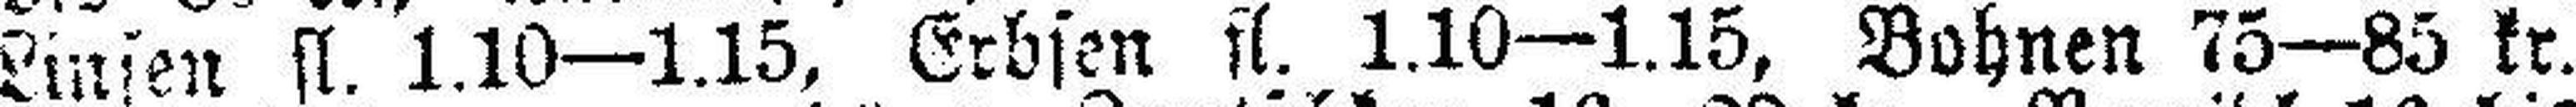
Linien fl 1.10—1.15, Erbsen fl. 1.10—1.15, Bohnen 75—85 kr.